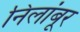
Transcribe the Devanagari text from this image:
निलांबूर